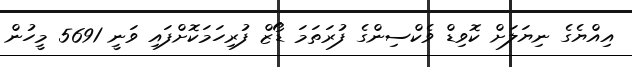
އިއްޔެގެ ނިޔަލަށް ކޮވިޑް ވެކްސިންގެ ފުރަތަމަ ޑޯޒް ފުރިހަމަކޮށްފައި ވަނީ 5691 މީހުން